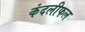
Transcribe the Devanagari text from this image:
कंदलीफल